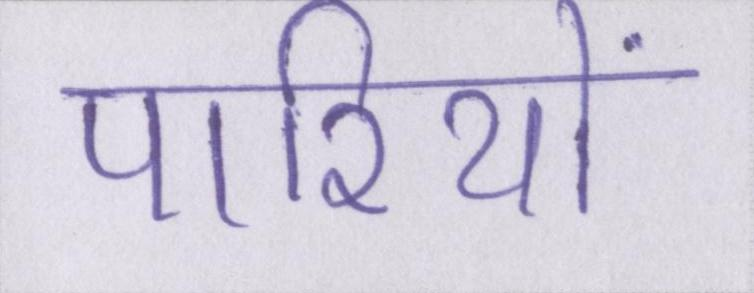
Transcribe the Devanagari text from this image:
पारियों